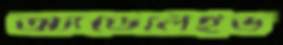
অ্যাডেলেইড